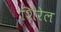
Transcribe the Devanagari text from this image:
शिरेल